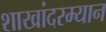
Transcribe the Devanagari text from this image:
शाखांदरम्यान